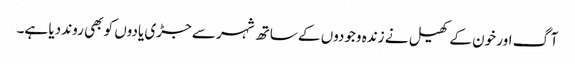
آگ اور خون کے کھیل نے زندہ وجودوں کے ساتھ شہر سے جڑی یادوں کو بھی روند دیا ہے۔